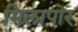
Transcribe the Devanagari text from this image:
मिलापोर